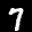
Label: 7